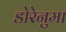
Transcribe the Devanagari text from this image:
डोरेनुमा